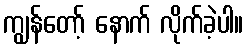
ကျွန်တော့် နောက် လိုက်ခဲ့ပါ။